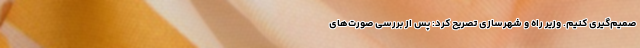
صمیم‌گیری کنیم. وزیر راه و شهرسازی تصریح کرد: پس از بررسی صورت‌های